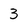
Character: 3